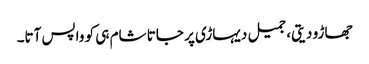
جھاڑو دیتی، جمیل دیہاڑی پر جاتا شام ہی کو واپس آتا۔